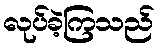
လုပ်ခဲ့ကြသည်